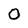
Character: 0